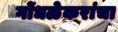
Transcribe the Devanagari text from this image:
गोंधळेकरांचा